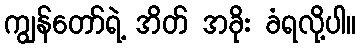
ကျွန်တော်ရဲ့ အိတ် အခိုး ခံရလို့ပါ။